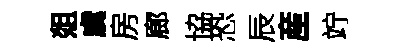
爼虞房廊協恐辰産竚